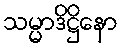
သမ္မာဒိဋ္ဌိနော